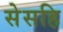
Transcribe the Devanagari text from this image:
सेसहि